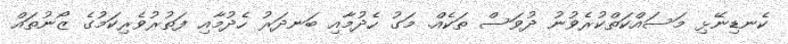
ކެނޑިނޭޅި މަސައްކަތްކުރެވުނު ދުވަސް ތަކެއް. މަގު ހެދުމާއި ބަނދަރު ހެދުމާއި ފަތުރުވެރިކަމުގެ ޒޯނުތައް